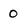
Character: 0